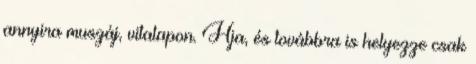
annyira muszáj, vitalapon. Hja, és továbbra is helyezze csak